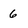
Character: 6